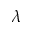
\lambda